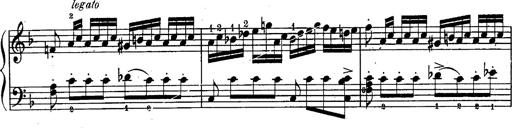
Title: Schubert's Impromptus [revised and edited by Franz Liszt]
Composer: Franz Liszt